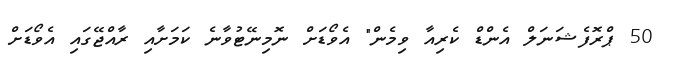
50 ޕްރޮފެޝަނަލް އެންޑް ކެރިއާ ވިމެން" އެވޯޑަށް ނޮމިނޭޓުވާނެ ކަމަށާއި ރާއްޖޭގައި އެވޯޑަށް